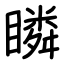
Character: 瞵